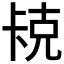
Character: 𫧱